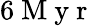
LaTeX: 6\mathrm{~M~y~r~}